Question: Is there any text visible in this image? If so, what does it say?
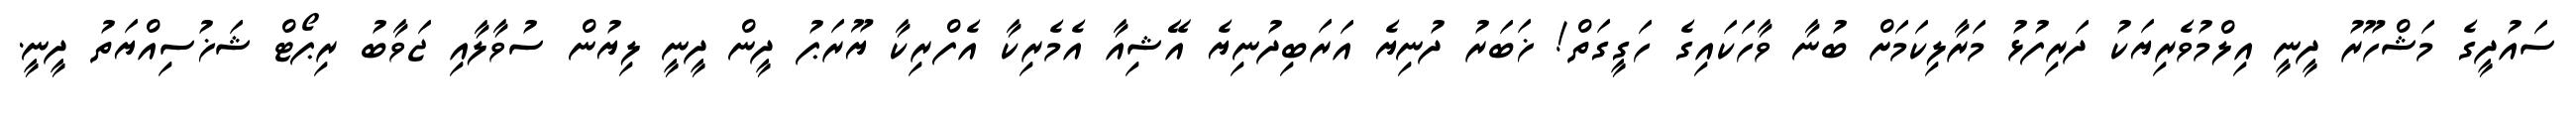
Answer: ސައުދީގެ މަޝްހޫރު ދީނީ އިލްމުވެރިޔަކު ދަރިފުޅު މަރާލިކަމަށް ބުނާ ވާހަކައިގެ ހަގީގަތް! ޚަބަރު ދުނިޔެ އަރަބިދުނިޔެ އޭޝިއާ އެމެރިކާ އެފްރިކާ ޔޫރަޕު ދީން ދީނީ ލިޔުން ސުވާލާއި ޖަވާބު ރިޕޯޓް ޝަޚުސިއްޔަތު ދީނީ.